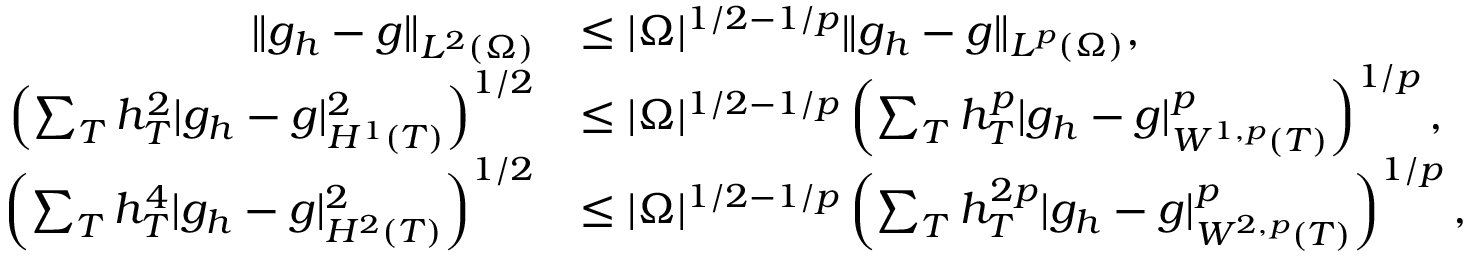
\begin{array} { r l } { \| g _ { h } - g \| _ { L ^ { 2 } ( \Omega ) } } & { \le | \Omega | ^ { 1 / 2 - 1 / p } \| g _ { h } - g \| _ { L ^ { p } ( \Omega ) } , } \\ { \left( \sum _ { T } h _ { T } ^ { 2 } | g _ { h } - g | _ { H ^ { 1 } ( T ) } ^ { 2 } \right) ^ { 1 / 2 } } & { \le | \Omega | ^ { 1 / 2 - 1 / p } \left( \sum _ { T } h _ { T } ^ { p } | g _ { h } - g | _ { W ^ { 1 , p } ( T ) } ^ { p } \right) ^ { 1 / p } , } \\ { \left( \sum _ { T } h _ { T } ^ { 4 } | g _ { h } - g | _ { H ^ { 2 } ( T ) } ^ { 2 } \right) ^ { 1 / 2 } } & { \le | \Omega | ^ { 1 / 2 - 1 / p } \left( \sum _ { T } h _ { T } ^ { 2 p } | g _ { h } - g | _ { W ^ { 2 , p } ( T ) } ^ { p } \right) ^ { 1 / p } , } \end{array}